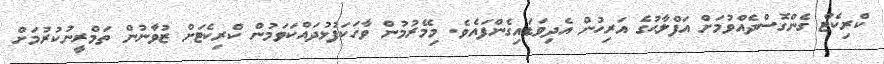
ކްރިކެޓް ގެންގޮސްދެއްވުމަށް އަފްލާޙުގެ އަރިހުން އެދިވަޑައިގެންފައެވެ. މިމޭރުމުން ވާހަކަފުޅުދައްކަވަމުން ކްރިކެޓަށް ޒުވާނުން ތަމްރީނުކުރުމަށް